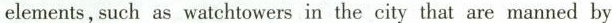
elements, such as watchtowers in the city that are manned by